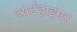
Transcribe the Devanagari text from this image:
व्यर्टहाइमर